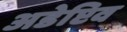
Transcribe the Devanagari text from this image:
अडेप्टिव